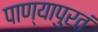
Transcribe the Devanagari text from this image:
पाण्यापुरतं